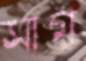
সাগ